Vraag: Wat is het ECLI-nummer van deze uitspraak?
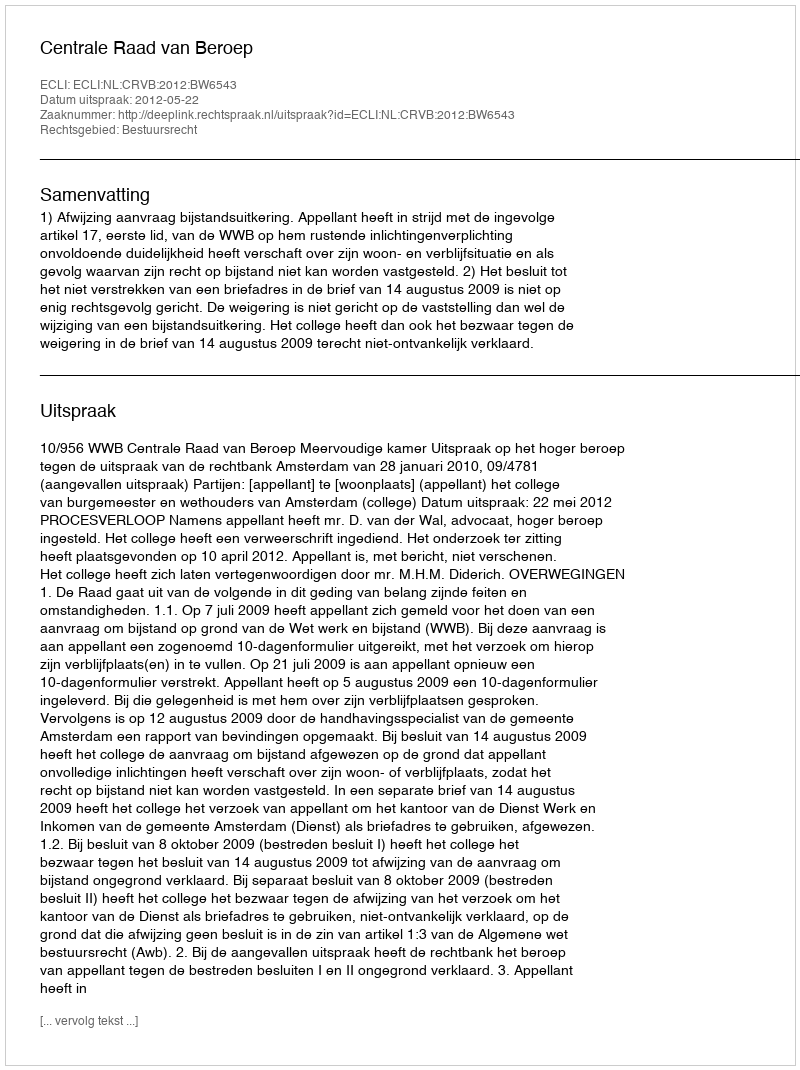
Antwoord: ECLI:NL:CRVB:2012:BW6543